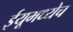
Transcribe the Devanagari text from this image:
ईयूमध्येच